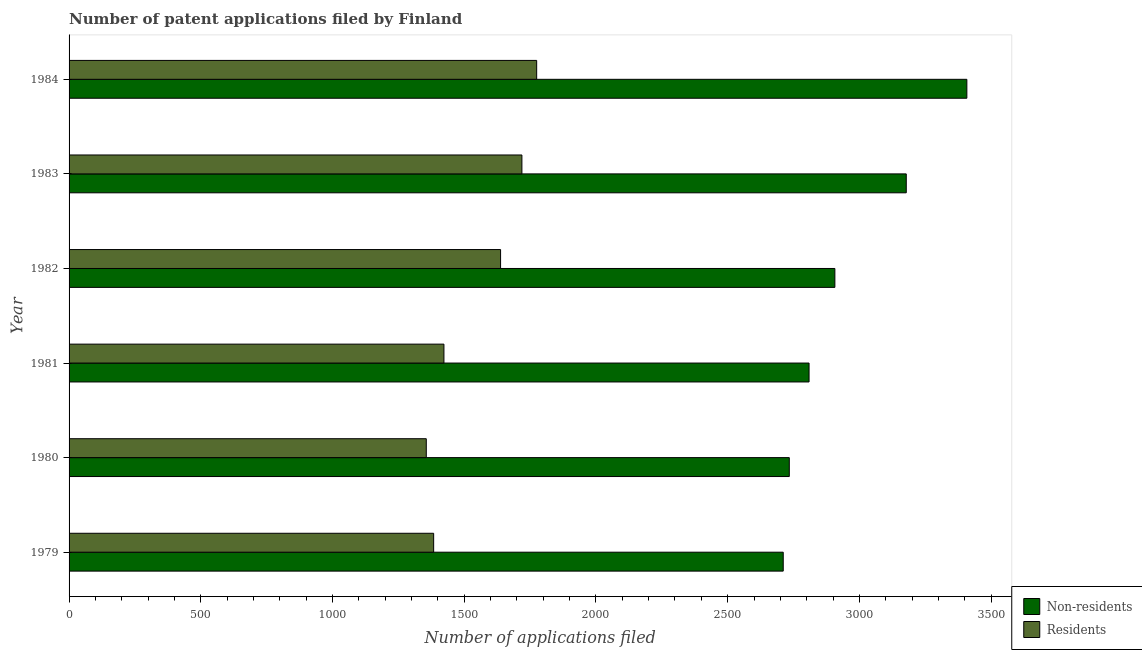
| Year | Non-residents | Residents |
 | --- | --- | --- |
 | 1979 | 2.71e+03 | 1.38e+03 |
 | 1980 | 2.73e+03 | 1.36e+03 |
 | 1981 | 2.81e+03 | 1.42e+03 |
 | 1982 | 2.91e+03 | 1.64e+03 |
 | 1983 | 3.18e+03 | 1.72e+03 |
 | 1984 | 3.41e+03 | 1.78e+03 |